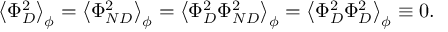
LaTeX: \left\langle \Phi _ { D } ^ { 2 } \right\rangle _ { \phi } = \left\langle \Phi _ { N D } ^ { 2 } \right\rangle _ { \phi } = \left\langle \Phi _ { D } ^ { 2 } \Phi _ { N D } ^ { 2 } \right\rangle _ { \phi } = \left\langle \Phi _ { D } ^ { 2 } \Phi _ { D } ^ { 2 } \right\rangle _ { \phi } \equiv 0 .